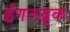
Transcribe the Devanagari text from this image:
ईगलब्रूक